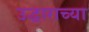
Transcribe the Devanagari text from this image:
उद्धाराच्या